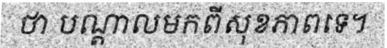
ថា បណ្តាលមកពីសុខភាពទេ។